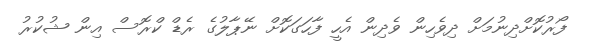
ފޯރުކޮށްދިނުމަށް ދިވެހިން ވެދިން އެހީ ފާހަގަކޮށް ނޭޕާލުގެ ރެޑް ކްރޮސް އިން ޝުކުރު